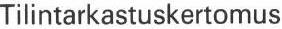
Tilintarkastuskertomus